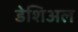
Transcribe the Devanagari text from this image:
डेशिअल